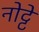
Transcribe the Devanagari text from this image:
नोट्टे